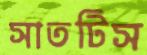
সাতটিস